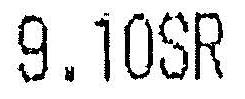
9.10SR